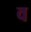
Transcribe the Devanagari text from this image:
व